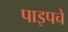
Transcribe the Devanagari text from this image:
पाइपचे